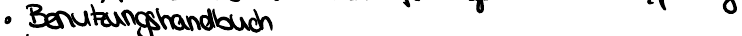
Benutzungshandbuch